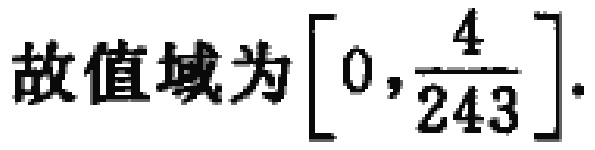
故值域为\(\left[0,\frac{4}{243}\right]\)